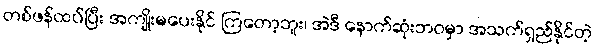
တစ်ဖန်ထပ်ပြီး အကျိုးမပေးနိုင် ကြတော့ဘူး၊ အဲဒီ နောက်ဆုံးဘဝမှာ အသက်ရှည်နိုင်တဲ့